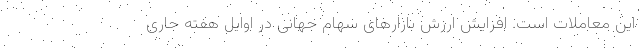
این معاملات است. افزایش ارزش بازارهای سهام جهانی در اوایل هفته جاری